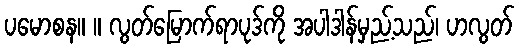
ပမောစန။ ။ လွတ်မြောက်ရာပုဒ်ကို အပါဒါန်မှည့်သည်၊ ဟလွတ်